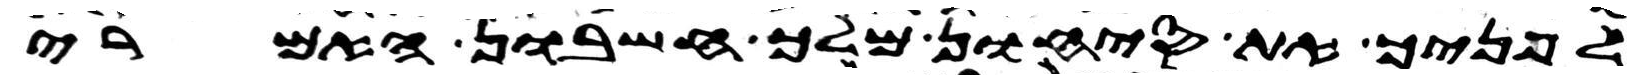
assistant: לפניך את סיחון מלך חשבון האמרי